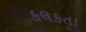
કલકતા